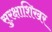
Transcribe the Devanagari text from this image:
सुरक्षाशिखर